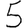
Digit: 5